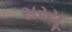
સરયૂ